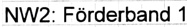
Text: NW2: Förderband 1